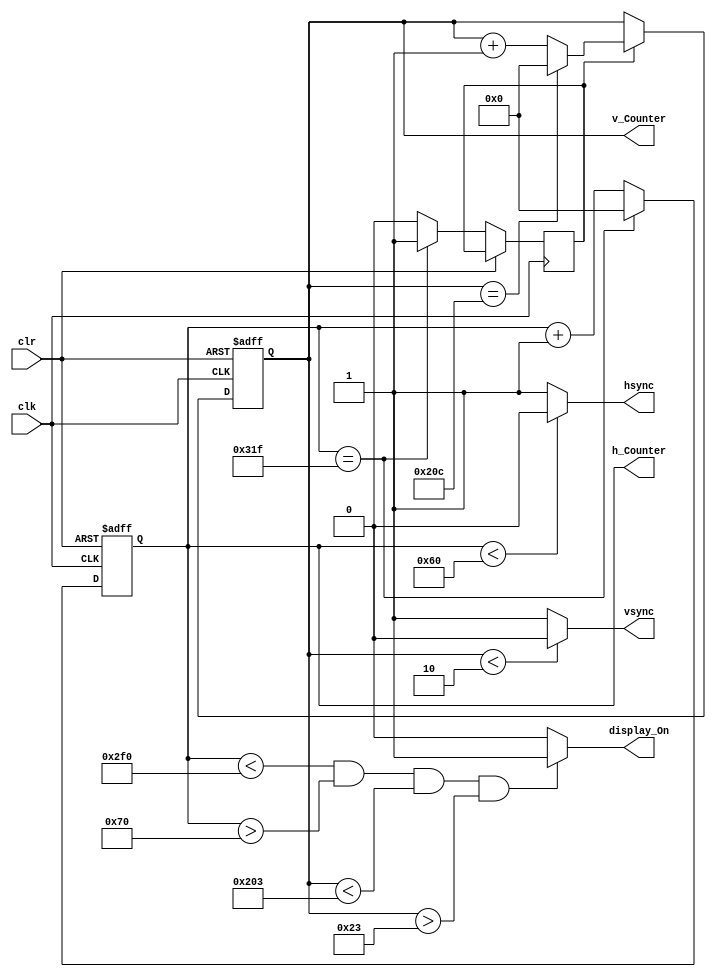
`timescale 1ns / 1ps

module vga_640x480(
    input wire clk,
    input wire clr,
    output reg hsync,
    output reg vsync,
    output reg [9:0] h_Counter,
    output reg [9:0] v_Counter,
    output reg display_On
    );
    parameter hpixels = 10'd800;
    // Value of pixels in a horizontal line = 800
    parameter vlines = 10'd525;
    // Number of horizontal lines in the display = 525
    parameter h_Back_Porch = 10'd112;
    // Horizontal back porch = 112 (96+16)
    parameter h_Front_Porch = 10'd752;
    // Horizontal Front porch = 752 (96+16+640)
    parameter v_Back_Porch = 10'd35;
    // Vertical back porch = 35 (2+33)
    parameter v_Front_Porch = 10'd515;
    // Vertical front porch = 515 (2+33+480)
    reg vsenable;   // Enable for the Vertical counter
    
    
    // Counter for the horizontal sync signal
    always @ (posedge clk or posedge clr)
    begin
        if(clr == 1)
            h_Counter <= 0;
        else
        begin
            if(h_Counter == hpixels - 1)
            begin
                // The counter has reached the end of pixel count
                h_Counter <= 0;
                vsenable <= 1;
                // Enable the vertical counter to increment
            end
            else
            begin
                h_Counter <= h_Counter + 1; // Increment the horizontal counter
                vsenable <= 0;
            end
        end
    end
    
    
    // Generate hsync pulse
    // Horizontal Sync Pulse is low when h_Counter is 0 - 95
    always @ (*)
    begin
        if(h_Counter < 96) hsync = 0;
        else hsync = 1;
    end
    
    // Counter for the vertical sync signal
    always @ (posedge clk or posedge clr)
    begin
        if(clr == 1)
            v_Counter <= 0;
        else
            if(vsenable == 1)
            begin
                if(v_Counter == vlines - 1)
                    // Reset when the number of lines is reached
                    v_Counter <= 0;
                else
                    v_Counter <= v_Counter +1;
            end
    end
    
    // Generate vsync pulse
    // Vertical Sync Pulse is low when h_Counter is 0 or 1
    always @ (*)
    begin
        if(v_Counter < 2) vsync = 0;
        else       vsync = 1;
    end
    
    // Enable video out when within the porches
    always @ (*)
    begin
        if( (h_Counter < h_Front_Porch) && (h_Counter > h_Back_Porch) && (v_Counter < v_Front_Porch) && (v_Counter > v_Back_Porch) )
            display_On = 1;
        else
            display_On = 0;
    end
endmodule